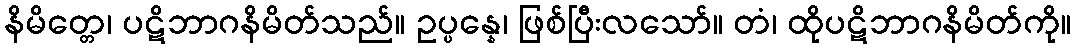
နိမိတ္တေ၊ ပဋိဘာဂနိမိတ်သည်။ ဥပ္ပန္နေ၊ ဖြစ်ပြီးလသော်။ တံ၊ ထိုပဋိဘာဂနိမိတ်ကို။